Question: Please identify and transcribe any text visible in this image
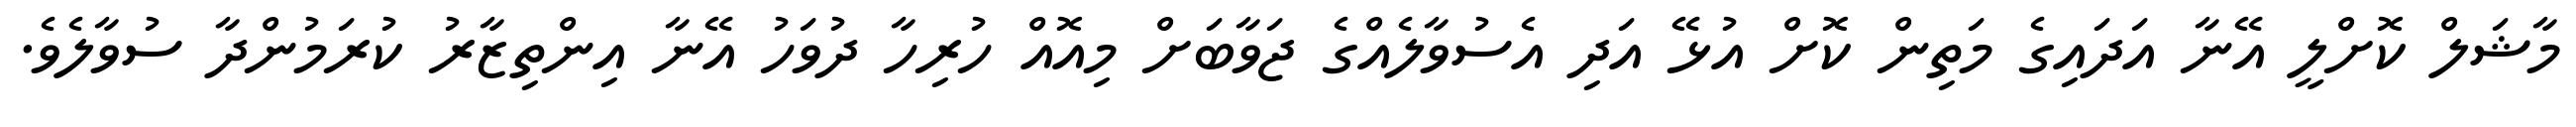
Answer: މާޝަލް ކޮށްލީ އޭނާ އަދައިގެ މަތިން ކޮށް އުޅޭ އަދި އެސުވާލެއްގެ ޖަވާބަށް މިއޮއް ހުރިހާ ދުވަހު އޭނާ އިންތިޒާރު ކުރަމުންދާ ސުވާލެވެ.